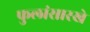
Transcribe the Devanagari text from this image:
फुलांसारखे